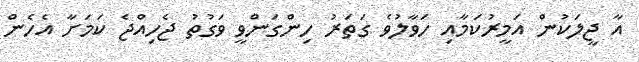
އާ ޖީލަކުން އަމީރުކަމާއި ހަވާލުވެ ގަތަރު ހިންގަންވީ ވަގުތު ޖެހިއްޖެ ކަމަށާ އެހެން